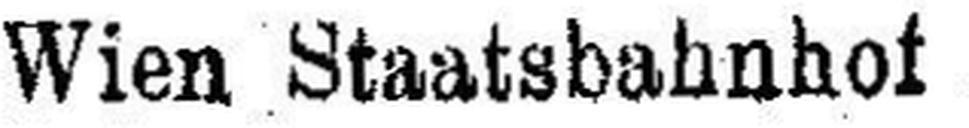
Wien Staatsbahnhof